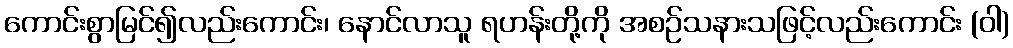
ကောင်းစွာမြင်၍လည်းကောင်း၊ နောင်လာသူ ရဟန်းတို့ကို အစဉ်သနားသဖြင့်လည်းကောင်း (ဝါ)